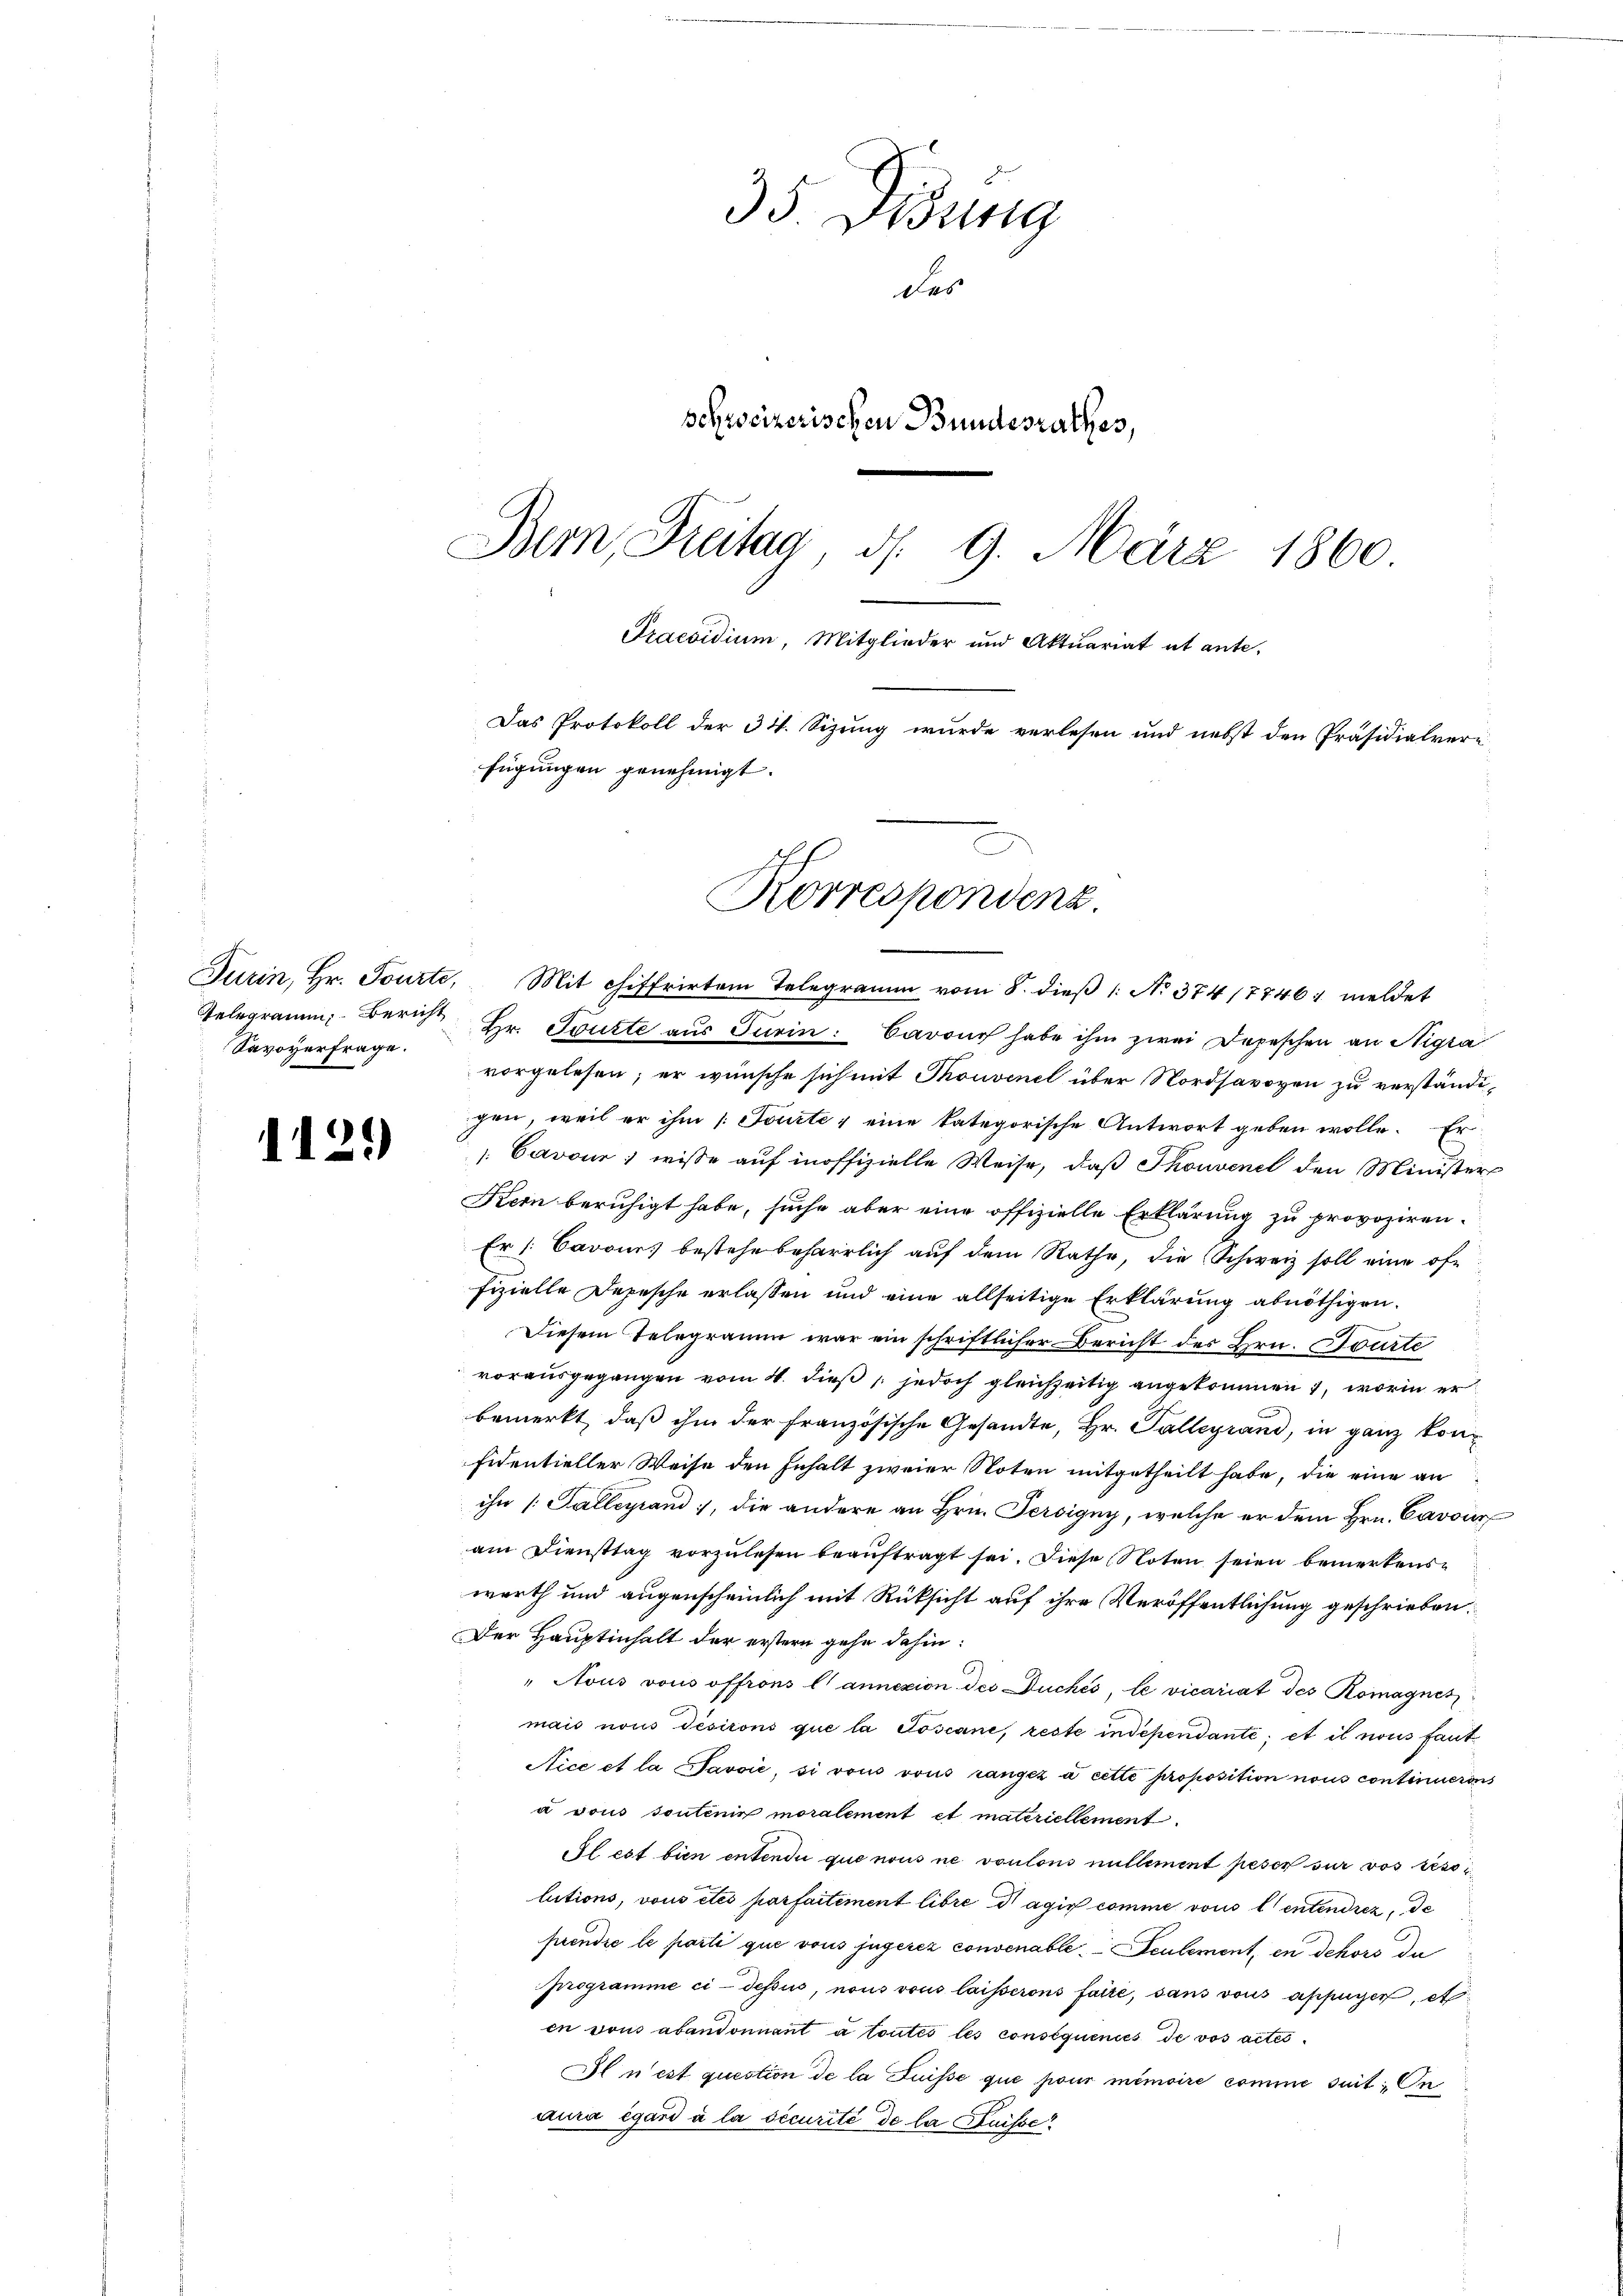
Savoyerfrage.

1

2.)

35. Didung
las
schweizerischen Bundesrathes,
Bern, Freitag d. 9. März 1860.
Praesidium, Mitglieder und Aktuariat et ante.

Korrespondenz.
Turin, Hr. Tourte, Mit chiffrirten Telegramm vom 8. dieß (: No 374/7746; meldet

Das Protokoll der 34. Sizung wurde verlesen und nebst den Präsidialvere

Gelegramm, Bericht Hr. Toute aus Turin: Baron habe ihm zwei Depeschen an Nigra
vorgelesen; er wünsche sich mit Thouvenel über Nordsavoyen zu verständigen, weil er ihm /: Fourte, eine kategorische Antwort geben wolle. Er
Cavour, wisse auf inoffizielle Weise, daß Thouvenet den Minister
Kern beruhigt habe, suche aber eine offizielle Erklärung zu provoziren.
Er /: Cavours bestehe beharrlich auf dem Rathe, die Schweiz soll eine of-
fizielle Depesche erlassen und eine allseitige Erklärung abnöthigen.
Diesem Telegramm war ein schriftlicher Bericht des Hrn. Tourte
vorausgegangen vom 4. dieß jedoch gleichzeitig angekommen 1, worin er
bemerkt, daß ihm der Französische Gesandte, Hr. Palleyrand, in ganz konfidentieller Weise den Inhalt zweier Noten mitgetheilt habe, die eine an
ihn /. Galleyrand, die andere an Hrn. Persigny, welche er dem Hrn. Cavoir
am Diensttag vorzulesen beauftragt sei. Diese Noten seien bemerkenswerth und augenscheinlich mit Rüksicht auf ihre Veröffentlichung geschrieben:
Der Hauptinhalt der erstern gehe dahin:
"Nous vons offions l' annexion der Duchés, le vicariat des Komagnes
mais nous désirons que la Toscane, reste independante; et it nous faut
Nice et la Savoić, si vous vous rangez à cette proposition nous continuerons
a vous soutenin moralement et materiellement
Il est bien entendii que nous ne voulons nullement peser sur vos resoi
lutions, vous etés parfaitement libre dagio comme von l entendrez, de
prendre le parti que vons jugerez convenable Seulement, en dehors da
programme ci-dessus, nous vous laisserons faite, sans vons appiger, et
en vons abandonnant à toutes les consequenses de vos actes
Il n’est question de la Suisse que pour minoire comme suit: On
aura égard à la securité de la Suisse

fügungen genehmigt.